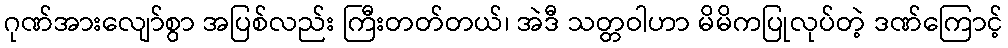
ဂုဏ်အားလျော်စွာ အပြစ်လည်း ကြီးတတ်တယ်၊ အဲဒီ သတ္တဝါဟာ မိမိကပြုလုပ်တဲ့ ဒဏ်ကြောင့်